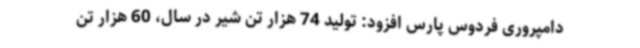
دامپروری فردوس پارس افزود: تولید 74 هزار تن شیر در سال، 60 هزار تن